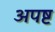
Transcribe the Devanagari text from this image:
अपष्ट